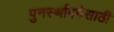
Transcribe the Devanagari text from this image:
पुनर्स्थापनेसाठी